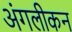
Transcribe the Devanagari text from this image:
अंगलीकन